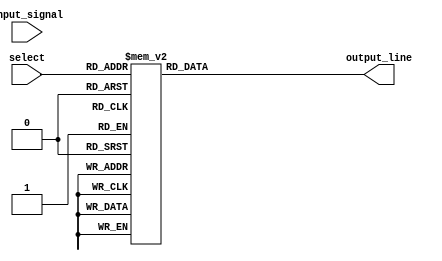
module demux(
    input wire input_signal,
    input wire [2:0] select,
    output reg [7:0] output_line
);

always @(*)
begin
    case(select)
        3'b000: output_line = 8'b00000001;
        3'b001: output_line = 8'b00000010;
        3'b010: output_line = 8'b00000100;
        3'b011: output_line = 8'b00001000;
        3'b100: output_line = 8'b00010000;
        3'b101: output_line = 8'b00100000;
        3'b110: output_line = 8'b01000000;
        3'b111: output_line = 8'b10000000;
        default: output_line = 8'b00000000;
    endcase
end

endmodule